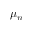
\mu _ { n }